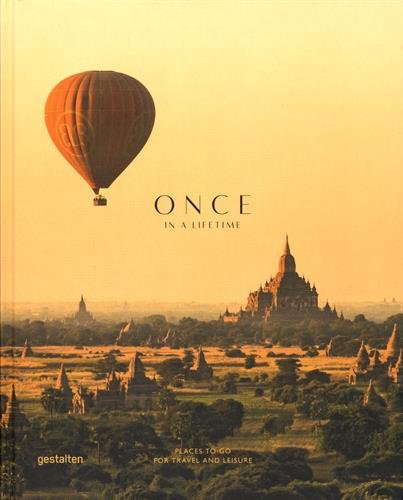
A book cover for Once in a Lifetime: Places to Go for Travel and Leisure; Arts & Photography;